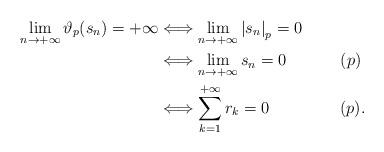
LaTeX: \begin{align*}\lim_{n \rightarrow + \infty} \vartheta_p(s_n) = + \infty & \Longleftrightarrow \lim_{n \rightarrow + \infty} {\left\vert s_n\right\vert}_p = 0 \\& \Longleftrightarrow \lim_{n \rightarrow + \infty} s_n = 0 ~~~~~~~~~~ ( p) \\& \Longleftrightarrow \sum_{k = 1}^{+ \infty} r_k = 0 ~~~~~~~~~~~~~ ( p) .\end{align*}